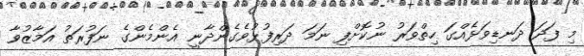
މި ފަދަ ދަނޑިވަޅެއްގަ ހިތްވަރު ނުކޮށްފި ނަމަ ދަރިފުޅުވެގެންދާނީ އެންމެންގެ ނަފުރަތު އަމާޒުވާ